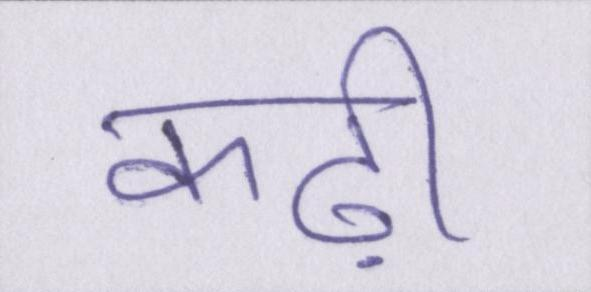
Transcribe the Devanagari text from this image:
कढ़ी